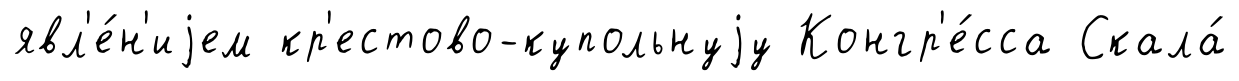
явл'е́н'иjем кр'естово-купольнуjу Конгр'е́сса Скала́